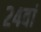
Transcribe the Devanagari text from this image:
२४वां